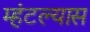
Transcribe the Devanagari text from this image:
म्हंटल्यास